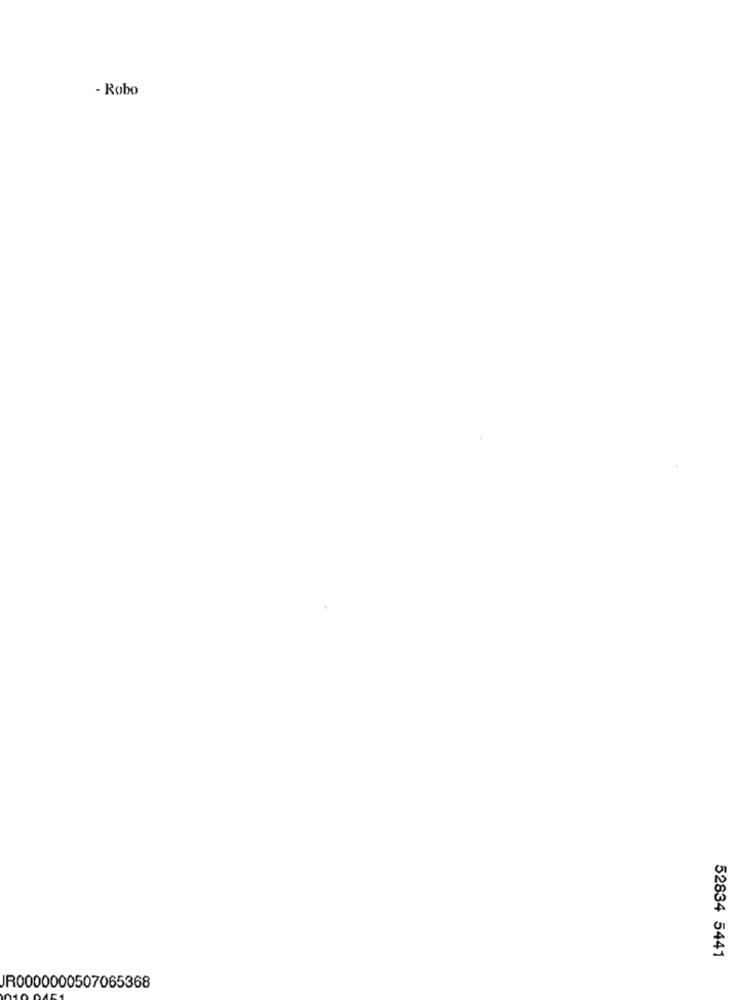
- Robo
52834 5441
JR0000000507065368